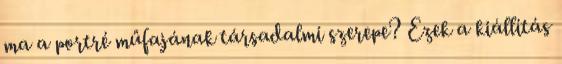
ma a portré műfajának társadalmi szerepe? Ezek a kiállítás